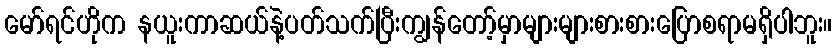
မော်ရင်ဟိုက နယူးကာဆယ်နဲ့ပတ်သက်ပြီးကျွန်တော့်မှာများများစားစားပြောစရာမရှိပါဘူး။